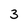
Character: 3